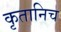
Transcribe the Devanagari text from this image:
कृतानिच